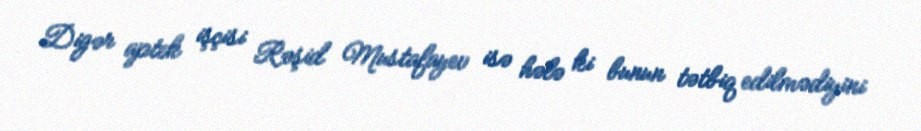
Digər aptek işçisi Rəşid Mustafayev isə hələ ki bunun tətbiq edilmədiyini